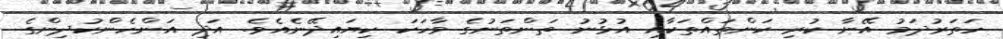
ހަތަރުދަމު އޭނާ ކުރި ކަންތައްތަކާއި އުޅުނު ތަންތަނުގެ ވާހަކަ ކިޔައިދޭނެއެވެ. އަދި އަންހެންކުދިންގެ